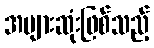
အများဆုံးဖြစ်သည့်